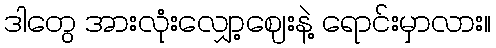
ဒါတွေ အားလုံးလျှော့ဈေးနဲ့ ရောင်းမှာလား။